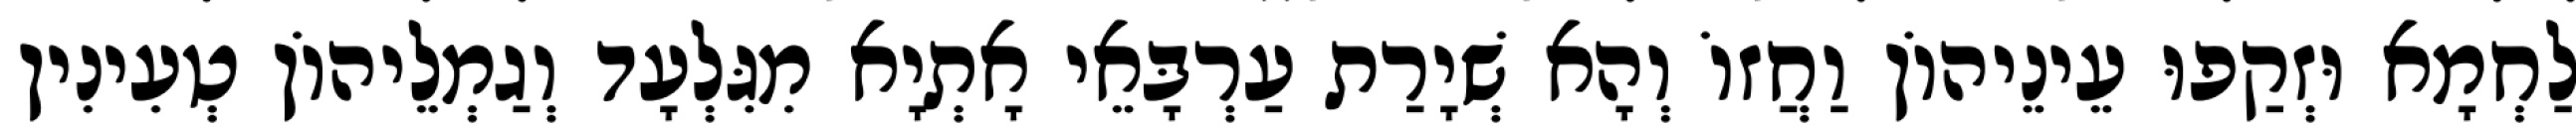
לַחְמָא וּזְקַפוּ עֵינֵיהוֹן וַחֲזוֹ וְהָא שְׁיָרַת עַרְבָּאֵי אָתְיָא מִגִּלְעָד וְגַמְלֵיהוֹן טְעִינִין